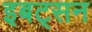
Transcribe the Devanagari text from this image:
इबट्सन